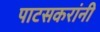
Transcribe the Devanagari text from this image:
पाटसकरांनी